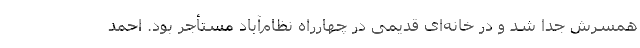
همسرش جدا شد و در خانه‌ای قدیمی در چهارراه نظام‌آباد مستأجر بود. احمد